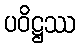
ပဝိဋ္ဌဿ